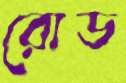
রোড